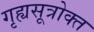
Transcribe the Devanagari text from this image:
गृह्यसूत्रोक्त